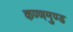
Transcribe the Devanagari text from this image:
कण्णमुण्ड